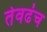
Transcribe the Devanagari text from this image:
तेवढंच